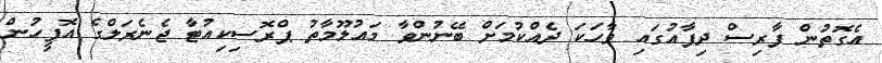
އެގޮތުން ފާރިސް ދިފާއުގައި ވާހަކަ ދެއްކުމަށް ބޭނުންވާ މައުލޫމާތު ޕްރޮސިކިއުޓާ ޖެނެރަލްގެ އޮފީހުން